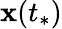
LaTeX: \mathbf{x}(t_{*})